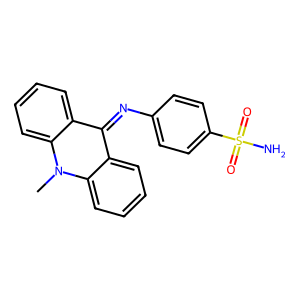
SMILES: Cn1c2ccccc2c(=Nc2ccc(S(N)(=O)=O)cc2)c2ccccc21
Inhibits HIV replication: No